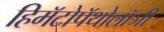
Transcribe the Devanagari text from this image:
हिमॅटोपॅथोलॉजी